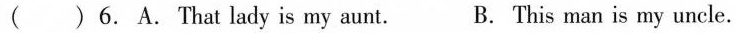
( )6. A. That lady is my aunt. B. This man is my uncle.